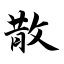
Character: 散